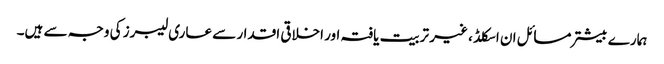
ہمارے بیشتر مسائل ان اسکلڈ ، غیر تربیت یافتہ اور اخلاقی اقدار سے عاری لیبرز کی وجہ سے ہیں۔